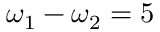
\omega _ { 1 } - \omega _ { 2 } = 5